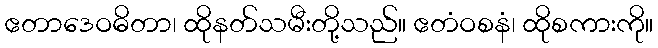
ဧတာဒေဝဓိတာ၊ ထိုနတ်သမီးတို့သည်။ ဧတံဝစနံ၊ ထိုစကားကို။